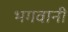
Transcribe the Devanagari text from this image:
भगवानी